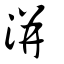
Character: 洴